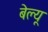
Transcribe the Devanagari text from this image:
बेल्यू